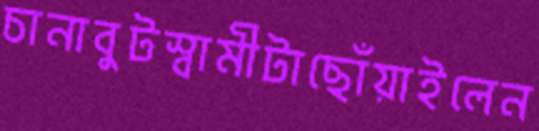
চানাবুটস্বামীটাছোঁয়াইলেন